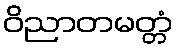
ဝိညာတမတ္တံ